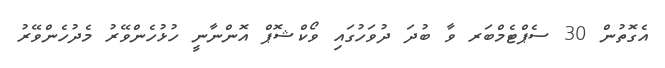
އެގޮތުން 30 ސެޕްޓެމްބަރ ވާ ބުދަ ދުވަހުގައި ވޯކްޝޮޕް އޮންނާނީ ހުޅުހެންވޭރު މެދުހެންވޭރު